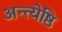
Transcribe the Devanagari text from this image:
अन्त्येष्ठि